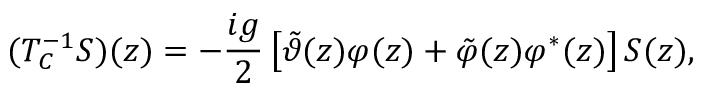
( T _ { C } ^ { - 1 } S ) ( z ) = - \frac { i g } { 2 } \left\lbrack \tilde { \vartheta } ( z ) \varphi ( z ) + \tilde { \varphi } ( z ) \varphi ^ { \ast } ( z ) \right\rbrack S ( z ) ,